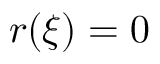
r ( \xi ) = 0